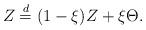
LaTeX: \begin{align*}Z\overset{d}{=} (1-\xi)Z+\xi\Theta.\end{align*}